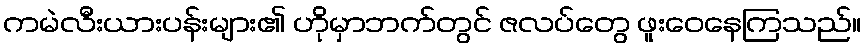
ကမဲလီးယားပန်းများ၏ ဟိုမှာဘက်တွင် ဇလပ်တွေ ဖူးဝေနေကြသည်။